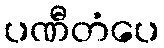
ပဏီတံပေ